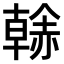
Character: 𧹳